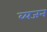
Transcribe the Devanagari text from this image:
व्यजन